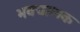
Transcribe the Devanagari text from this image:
भवचालक